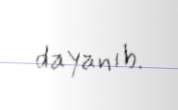
dayanıb.